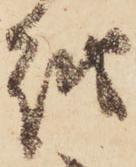
越